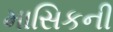
માસિકની